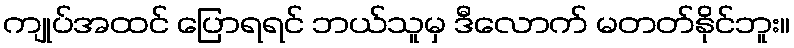
ကျုပ်အထင် ပြောရရင် ဘယ်သူမှ ဒီလောက် မတတ်နိုင်ဘူး။